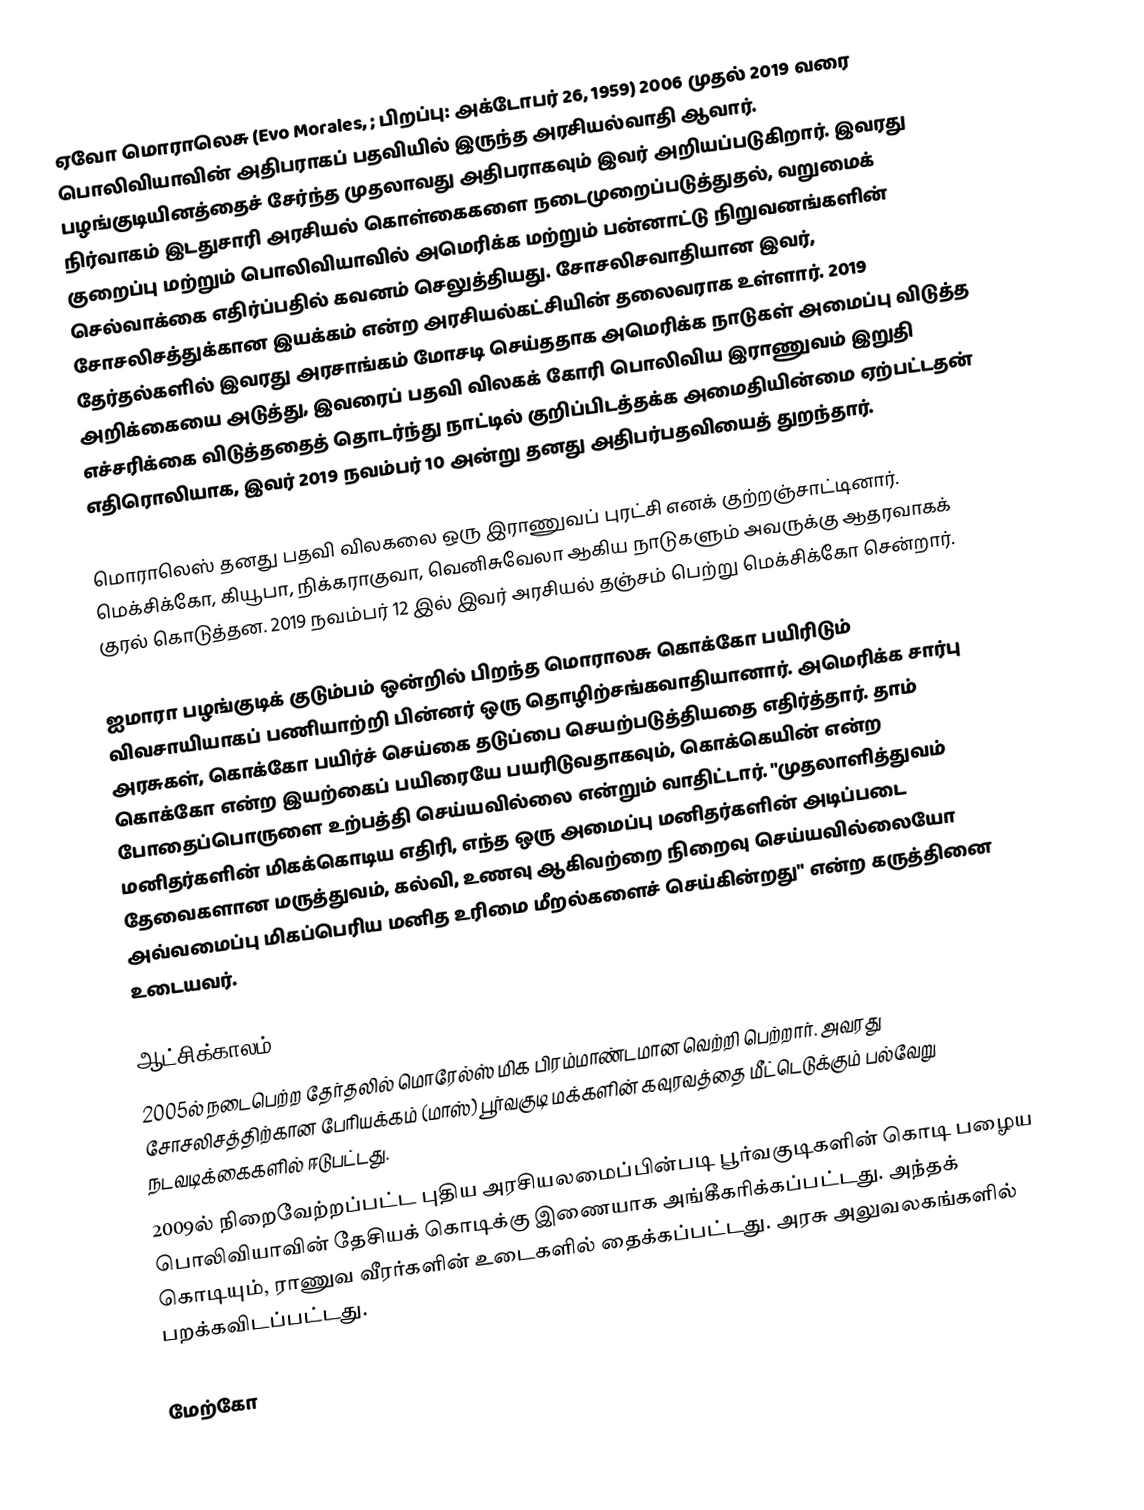
ஏவோ மொராலெசு (Evo Morales, ; பிறப்பு: அக்டோபர் 26, 1959) 2006 முதல் 2019 வரை பொலிவியாவின் அதிபராகப் பதவியில் இருந்த அரசியல்வாதி ஆவார். பழங்குடியினத்தைச் சேர்ந்த முதலாவது அதிபராகவும் இவர் அறியப்படுகிறார். இவரது நிர்வாகம் இடதுசாரி அரசியல் கொள்கைகளை நடைமுறைப்படுத்துதல், வறுமைக் குறைப்பு மற்றும் பொலிவியாவில் அமெரிக்க மற்றும் பன்னாட்டு நிறுவனங்களின் செல்வாக்கை எதிர்ப்பதில் கவனம் செலுத்தியது. சோசலிசவாதியான இவர், சோசலிசத்துக்கான இயக்கம் என்ற அரசியல்கட்சியின் தலைவராக உள்ளார். 2019 தேர்தல்களில் இவரது அரசாங்கம் மோசடி செய்ததாக அமெரிக்க நாடுகள் அமைப்பு விடுத்த அறிக்கையை அடுத்து, இவரைப் பதவி விலகக் கோரி பொலிவிய இராணுவம் இறுதி எச்சரிக்கை விடுத்ததைத் தொடர்ந்து நாட்டில் குறிப்பிடத்தக்க அமைதியின்மை ஏற்பட்டதன் எதிரொலியாக, இவர் 2019 நவம்பர் 10 அன்று தனது அதிபர்பதவியைத் துறந்தார்.

மொராலெஸ் தனது பதவி விலகலை ஒரு இராணுவப் புரட்சி எனக் குற்றஞ்சாட்டினார். மெக்சிக்கோ, கியூபா, நிக்கராகுவா, வெனிசுவேலா ஆகிய நாடுகளும் அவருக்கு ஆதரவாகக் குரல் கொடுத்தன. 2019 நவம்பர் 12 இல் இவர் அரசியல் தஞ்சம் பெற்று மெக்சிக்கோ சென்றார்.

ஐமாரா பழங்குடிக் குடும்பம் ஒன்றில் பிறந்த மொராலசு கொக்கோ பயிரிடும் விவசாயியாகப் பணியாற்றி பின்னர் ஒரு தொழிற்சங்கவாதியானார். அமெரிக்க சார்பு அரசுகள், கொக்கோ பயிர்ச் செய்கை தடுப்பை செயற்படுத்தியதை எதிர்த்தார். தாம் கொக்கோ என்ற இயற்கைப் பயிரையே பயரிடுவதாகவும், கொக்கெயின் என்ற போதைப்பொருளை உற்பத்தி செய்யவில்லை என்றும் வாதிட்டார். "முதலாளித்துவம் மனிதர்களின் மிகக்கொடிய எதிரி, எந்த ஒரு அமைப்பு மனிதர்களின் அடிப்படை தேவைகளான மருத்துவம், கல்வி, உணவு ஆகிவற்றை நிறைவு செய்யவில்லையோ அவ்வமைப்பு மிகப்பெரிய மனித உரிமை மீறல்களைச் செய்கின்றது" என்ற கருத்தினை உடையவர்.

ஆட்சிக்காலம்
 2005ல் நடைபெற்ற தேர்தலில் மொரேல்ஸ் மிக பிரம்மாண்டமான வெற்றி பெற்றார்.  அவரது சோசலிசத்திற்கான பேரியக்கம் (மாஸ்) பூர்வகுடி மக்களின் கவுரவத்தை மீட்டெடுக்கும் பல்வேறு நடவடிக்கைகளில் ஈடுபட்டது.
 2009ல் நிறைவேற்றப்பட்ட புதிய அரசியலமைப்பின்படி பூர்வகுடிகளின் கொடி பழைய பொலிவியாவின் தேசியக் கொடிக்கு இணையாக அங்கீகரிக்கப்பட்டது. அந்தக் கொடியும், ராணுவ வீரர்களின் உடைகளில் தைக்கப்பட்டது. அரசு அலுவலகங்களில் பறக்கவிடப்பட்டது.

மேற்கோ